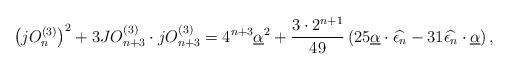
LaTeX: \begin{align*}\left( jO_{n}^{(3)}\right) ^{2}+3JO_{n+3}^{(3)}\cdot jO_{n+3}^{(3)}=4^{n+3}\underline{\alpha}^{2}+\frac{3\cdot 2^{n+1}}{49}\left(25\underline{\alpha}\cdot \widehat{\epsilon_{n}}-31\widehat{\epsilon_{n}}\cdot \underline{\alpha}\right),\end{align*}